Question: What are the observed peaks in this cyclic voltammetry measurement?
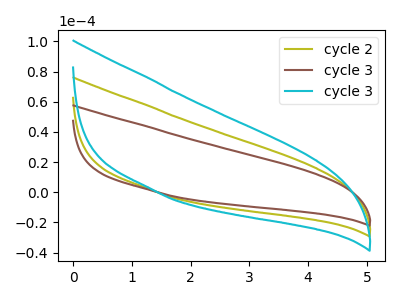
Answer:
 <answer>The olive curve "cycle 2" has no peaks. The brown curve "cycle 3" has no peaks. The cyan curve "cycle 3" has no peaks.</answer>
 <eval></eval>